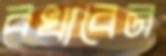
বখাবেন